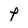
Character: P